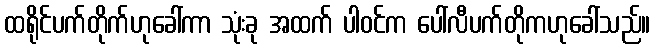
ထရိုင်ပက်တိုက်ဟုခေါ်ကာ သုံးခု အထက် ပါဝင်က ပေါ်လီပက်တိုကဟုခေါ်သည်။